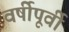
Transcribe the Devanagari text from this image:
वर्षीपूर्वी